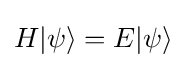
H|\psi \rangle =E|\psi \rangle